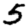
Digit: 5